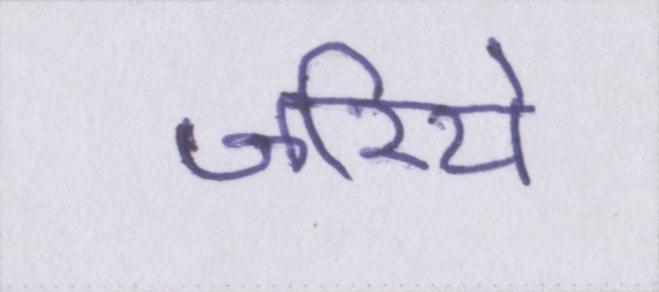
जरिये